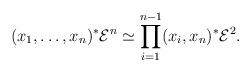
LaTeX: \begin{align*}(x_1 ,\ldots ,x_n )^* \mathcal{E}^n \simeq \prod _{i=1}^{n-1}(x_i ,x_n )^* \mathcal{E}^2 .\end{align*}